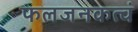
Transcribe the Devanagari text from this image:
फलजनकत्वं